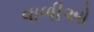
વાળીઓ